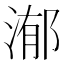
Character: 𣹙